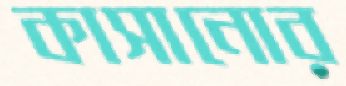
কাসানোর